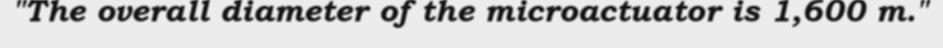
"The overall diameter of the microactuator is 1,600 m."